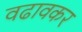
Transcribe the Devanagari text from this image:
वढावकर